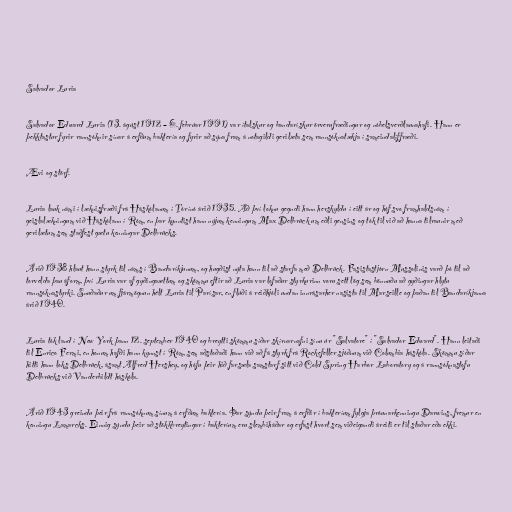
Salvador Luria

Salvador Edward Luria (13. ágúst 1912 – 6. febrúar 1991) var ítalskur og bandarískur örverufræðingur og nóbelsverðlaunahafi. Hann er
þekktastur fyrir rannsóknir sínar á erfðum baktería og fyrir að sýna fram á notagildi gerilæta sem rannsóknatækja í sameindalíffræði.

Ævi og störf.

Luria lauk námi í læknisfræði frá Háskólanum í Tórínó árið 1935. Að því loknu gegndi hann herskyldu í eitt ár og hóf svo framhaldsnám í
geislalækningum við Háskólann í Róm, en þar kynntist hann nýjum kenningum Max Delbrück um eðli gensins og tók til við að hanna tilraunir með
gerilætum sem staðfest gætu kenningar Delbrücks.

Árið 1938 hlaut hann styrk til náms í Bandaríkjunum, og hugðist nýta hann til að starfa með Delbrück. Fasistastjórn Mussolinis varð þó til að
torvelda þau áform, því Luria var af gyðingaættum og skömmu eftir að Luria var lofaður styrkurinn voru sett lög sem bönnuðu að gyðingar hlytu
rannsóknastyrki. Snuðaður um fjármögnun hélt Luria til Parísar, en flúði á reiðhjóli undan innrásarher nasista til Marseille og þaðan til Bandaríkjanna
árið 1940.

Luria tók land í New York þann 12. september 1940 og breytti skömmu síðar skírnarnafni sínu úr "Salvatore" í "Salvador Edward". Hann leitaði
til Enrico Fermi, en honum hafði hann kynnst í Róm, sem aðstoðaði hann við að fá styrk frá Rockefeller sjóðnum við Columbia háskóla. Skömmu síðar
hitti hann loks Delbrück, ásamt Alfred Hershey, og hófu þeir hið farsæla samstarf sitt við Cold Spring Harbor Laboratory og á rannsóknastofu
Delbrücks við Vanderbildt háskóla.

Árið 1943 greindu þeir frá rannsóknum sínum á erfðum baktería. Þar sýndu þeir fram á erfðir í bakteríum fylgja þróunarkenningu Darwins, fremur en
kenningu Lamarcks. Einnig sýndu þeir að stökkbreytingar í bakteríum eru slembiháðar og erfast hvort sem viðeigandi áreiti er til staðar eða ekki.